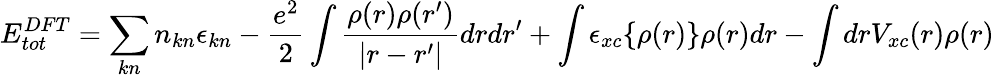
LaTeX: E_{tot}^{DFT}=\sum_{kn}n_{kn}\epsilon_{kn}-\frac{e^{2}}{2}\int\frac{\rho(r)\rho(r^{\prime})}{|r-r^{\prime}|}drdr^{\prime}+\int\epsilon_{xc}\{ \rho(r)\} \rho(r)dr-\int drV_{xc}(r)\rho(r)